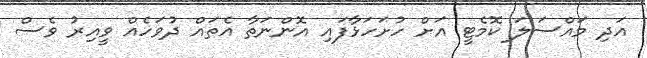
އަދި މައްސަލަ ކޮމެޓީ އަށް ހުށަހަޅާފައި އޮންނަތާ އެތައް ދުވަހެއް ވީއިރު ވެސް